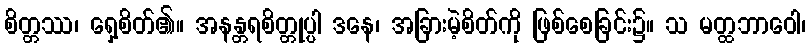
စိတ္တဿ၊ ရှေ့စိတ်၏။ အနန္တရစိတ္တုပ္ပါ ဒနေ၊ အခြားမဲ့စိတ်ကို ဖြစ်စေခြင်း၌။ သ မတ္ထဘာဝေါ၊